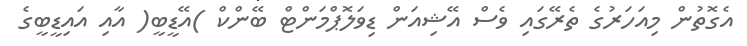
އެގޮތުން މިއަހަރުގެ ތެރޭގައި ވެސް އޭޝިއަން ޑިވަލޮޕްމަންޓް ބޭންކް )އޭޑީބީ( އާއި އައިޑީބީގެ